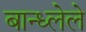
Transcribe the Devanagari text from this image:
बान्ध्लेले